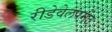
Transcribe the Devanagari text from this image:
रीडेवेलपमेंट